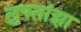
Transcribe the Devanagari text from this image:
लुफ्तांझा